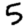
Digit: 5